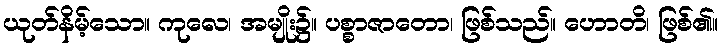
ယုတ်နိမ့်သော။ ကုလေ၊ အမျိုး၌။ ပစ္စာဇာတော၊ ဖြစ်သည်။ ဟောတိ၊ ဖြစ်၏။